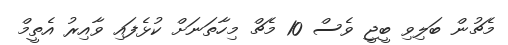
މެޗުން ބަލިވި ބީޖީ ވެސް 10 މެޗް މިހާތަނަށް ކުޅެފައި ވާއިރު އެތީމް